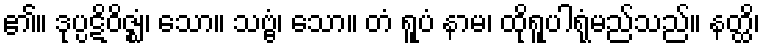
၏။ ဒုပ္ပဋိဝိဇ္ဈံ၊ သော။ သဗ္ဗံ၊ သော။ တံ ရူပံ နာမ၊ ထိုရူပါရုံမည်သည်။ နတ္ထိ၊